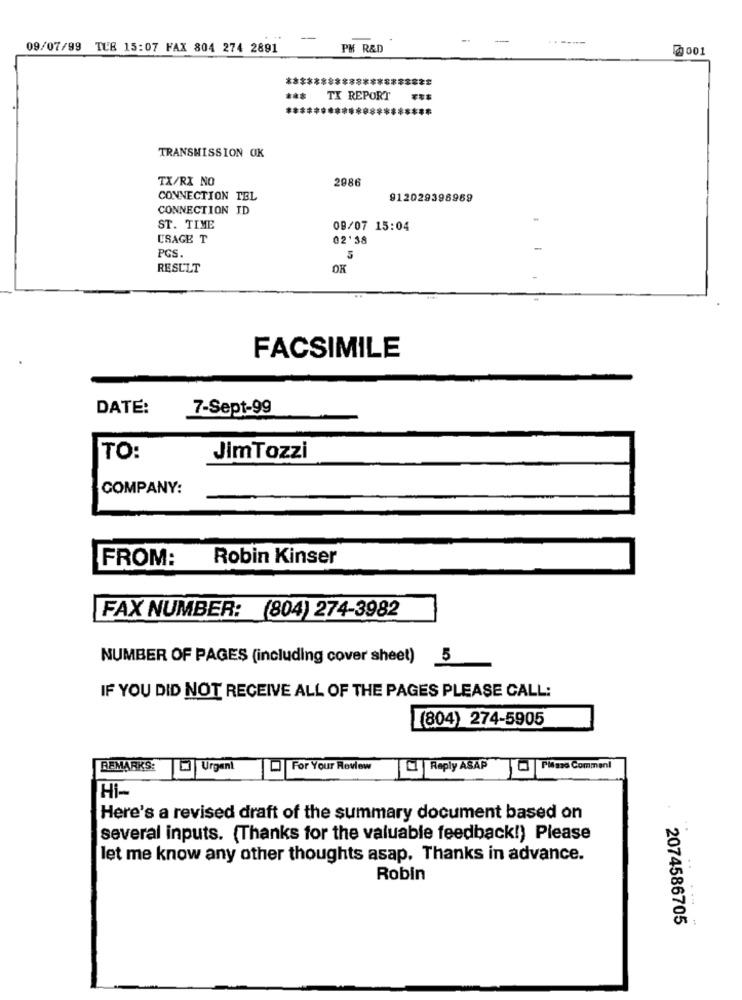
-
09/07/99 TCE 15:07 FAX 804 274 2891
PH R&D
50001
******
TX REPORT
TRANSMISSION OK
TX/RX NO
2086
CONNECTION TEL
912029398969
CONNECTION ID
ST. TIME
09/07 15:04
USAGE T
02'38
-
PGS.
5
RESULT
OK
FACSIMILE
DATE:
7-Sept-99
TO:
JimTozzi
COMPANY:
FROM:
Robin Kinser
FAX NUMBER: (804) 274-3982
NUMBER OF PAGES (including cover sheet) 5
IF YOU DID NOT RECEIVE ALL OF THE PAGES PLEASE CALL:
(804) 274-5905
REMARKS:
Urgent
For Your Review
Reply ASAP
Pitano Comment
Hi-
Here's a revised draft of the summary document based on
..
several inputs. (Thanks for the valuable feedback!) Please
let me know any other thoughts asap. Thanks in advance.
..
Robin
....
2074586705